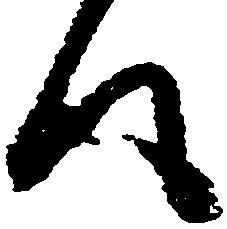
得